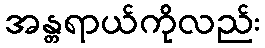
အန္တရာယ်ကိုလည်း